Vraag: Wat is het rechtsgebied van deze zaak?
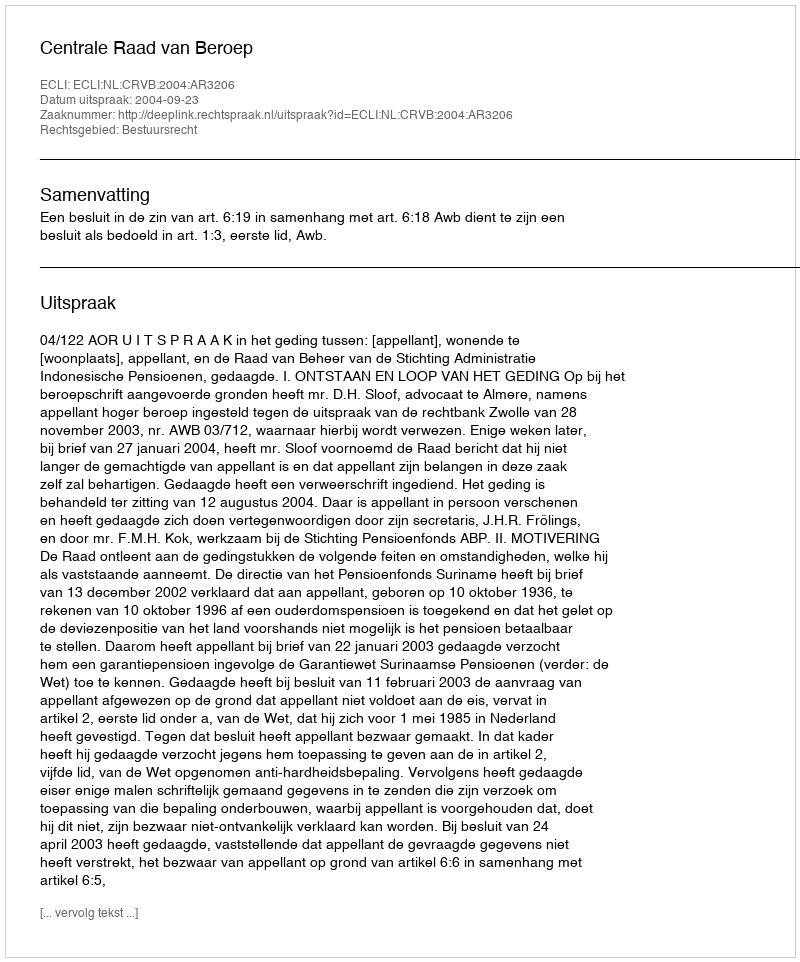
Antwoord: Bestuursrecht